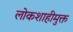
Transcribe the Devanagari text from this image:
लोकशाहीमुक्त